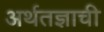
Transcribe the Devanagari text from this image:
अर्थतज्ञाची